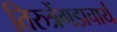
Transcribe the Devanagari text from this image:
तिरुत्रेंगडाचार्य